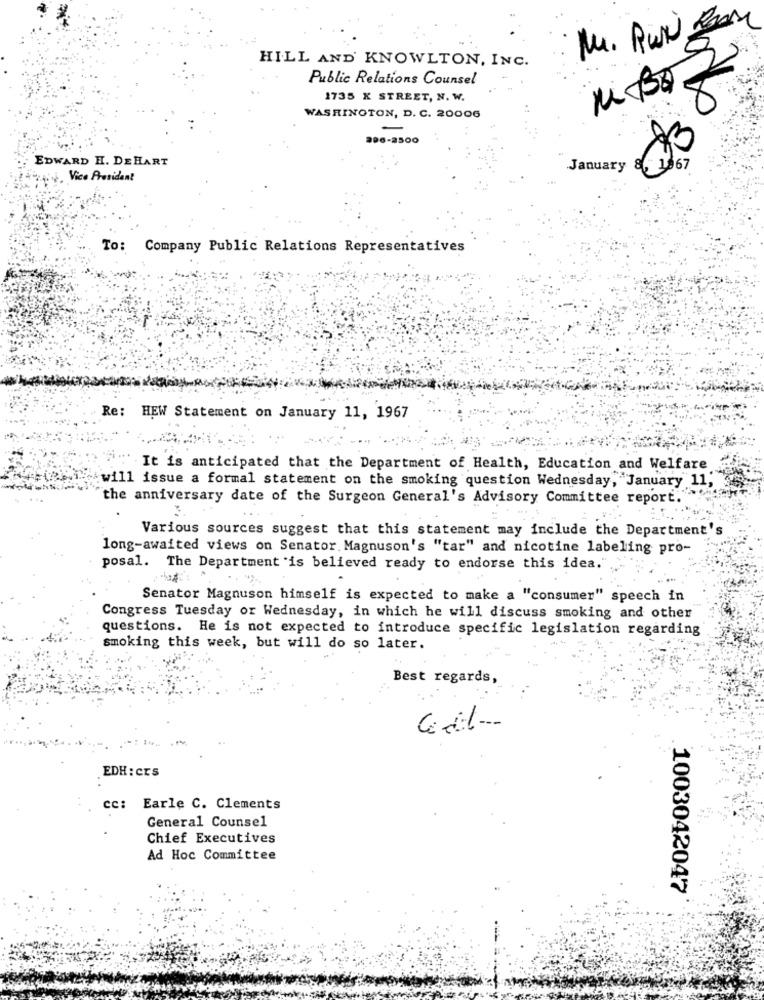
HILL AND KNOWLTON, INC.
Public Relations Counsel
1735 X STREET, N. W.
WASHINGTON, D. C. 20006
06-2500
EDWARD H. DEHART
January
8. 1967
Hai, Vice President
To: Company Public Relations Representatives
Re: HEW Statement on January 11, 1967
It is anticipated that the Department of Health, Education and Welfare
will issue a formal statement on the smoking question Wednesday, January 11,
the anniversary date of the Surgeon General's Advisory Committee report.
Various sources suggest that this statement may include the Department's
long-awaited views on Senator. Magnuson's "tar" and nicotine labeling pro-
posal. The Department is believed ready to endorse this idea.
Senator Magnuson himself is expected to make a "consumer" speech in
Congress Tuesday or Wednesday, in which he will discuss smoking and other
questions. He is not expected to introduce specific legislation regarding
smoking this week, but will do so later.
Best regards,
-
EDH : CES
cc: Earle C. Clements
General Counsel
Chief Executives
Ad Hoc Committee
1003042047